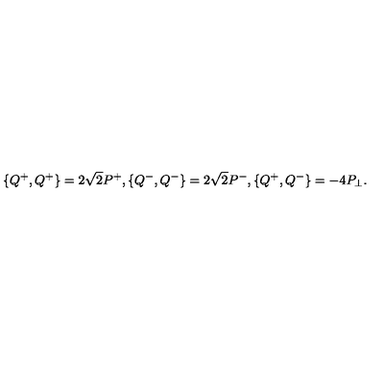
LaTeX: \{ Q ^ { + } , Q ^ { + } \} = 2 \sqrt { 2 } P ^ { + } , \{ Q ^ { - } , Q ^ { - } \} = 2 \sqrt { 2 } P ^ { - } , \{ Q ^ { + } , Q ^ { - } \} = - 4 P _ { \perp } .